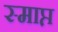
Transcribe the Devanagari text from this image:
स्माप्त